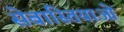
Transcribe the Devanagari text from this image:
सेबास्तियाओ